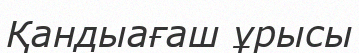
Қандыағаш ұрысы